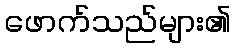
ဖောက်သည်များ၏